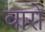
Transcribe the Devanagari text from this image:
वारो